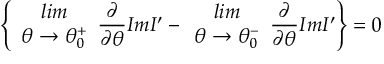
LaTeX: \left\{ \begin{array} { c } { { l i m } } \\ { { \theta \rightarrow \theta _ { 0 } ^ { + } } } \end{array} \frac { \partial } { \partial \theta } I m I ^ { \prime } - \begin{array} { c } { { l i m } } \\ { { \theta \rightarrow \theta _ { 0 } ^ { - } } } \end{array} \frac { \partial } { \partial \theta } I m I ^ { \prime } \right\} = 0